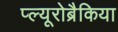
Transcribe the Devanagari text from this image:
प्ल्यूरोब्रैकिया